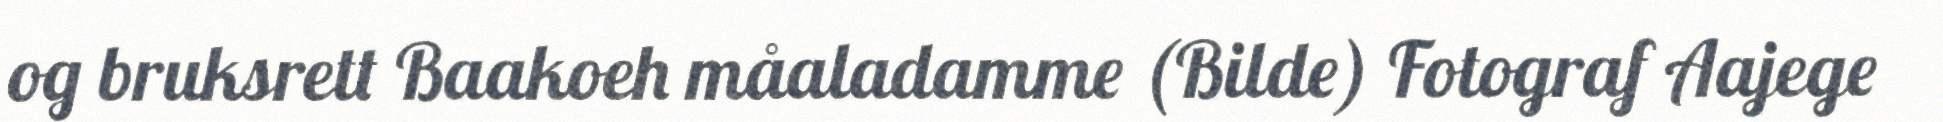
og bruksrett Baakoeh måaladamme (Bilde) Fotograf Aajege